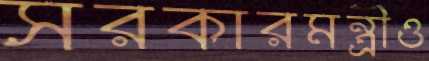
সরকারমন্ত্রীও